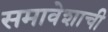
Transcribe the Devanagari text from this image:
समावेशाची